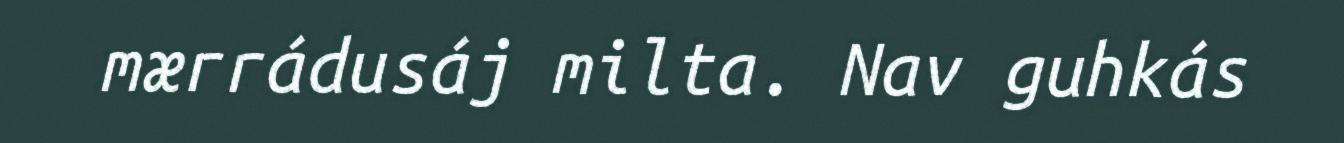
mærrádusáj milta. Nav guhkás